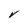
Character: V